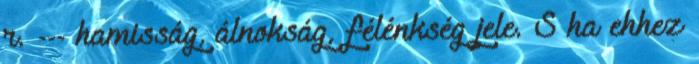
r. --- hamisság, álnokság, félénkség jele. S ha ehhez